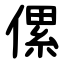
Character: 傫